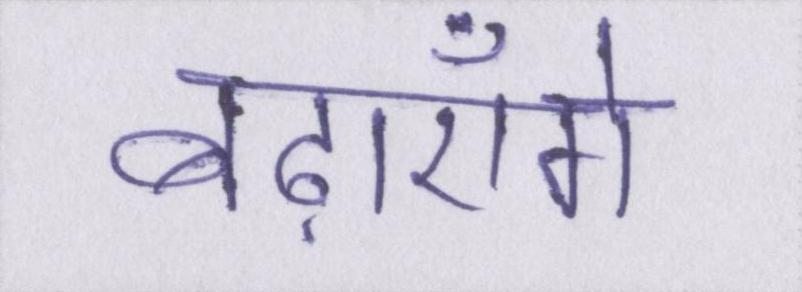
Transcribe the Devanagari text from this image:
बढ़ाएँगे